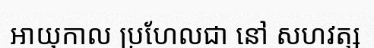
អាយុកាល ប្រហែលជា នៅ សហវត្ស